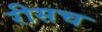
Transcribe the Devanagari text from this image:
रीसच